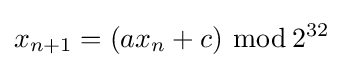
x_{n+1}=(ax_{n}+c)\ {\bmod {\,}}2^{32}